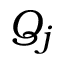
Q _ { j }